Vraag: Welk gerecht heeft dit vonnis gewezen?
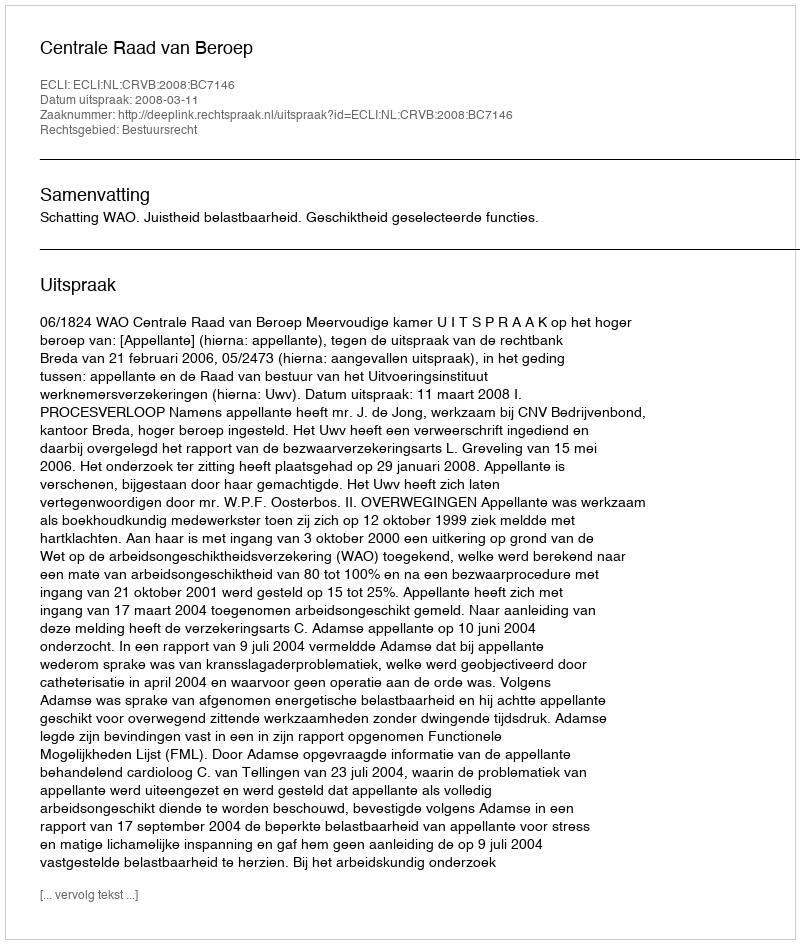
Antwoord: Centrale Raad van Beroep